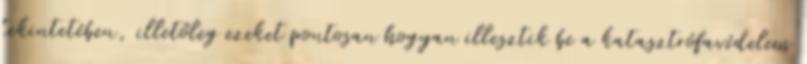
tekintetében, illetőleg ezeket pontosan hogyan illesztik be a katasztrófavédelem